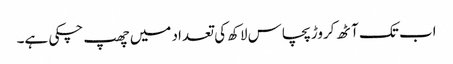
اب تک آٹھ کروڑ پچاس لاکھ کی تعداد میں چھپ چکی ہے۔